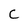
Character: C